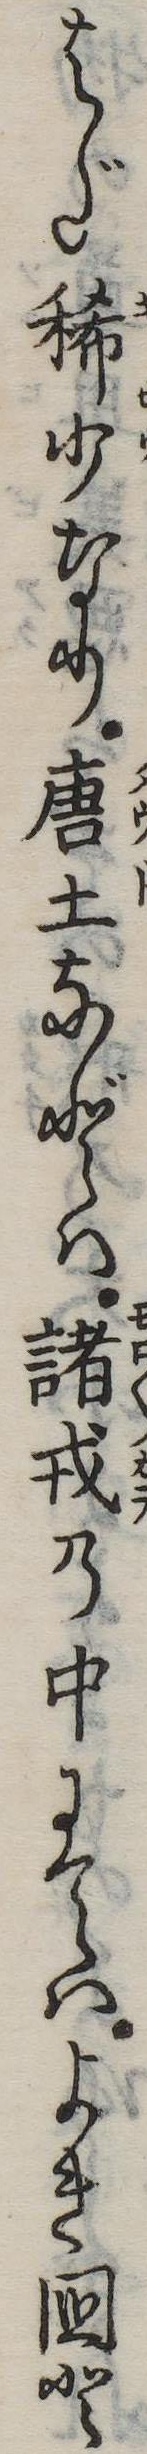
はだ稀少なり唐土などは諸戎の中にてはよき国と